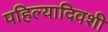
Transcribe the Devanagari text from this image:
पहिल्यादिवशी